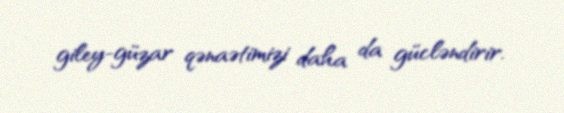
giley-güzar qənaətimizi daha da gücləndirir.